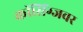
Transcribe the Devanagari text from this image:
क्राॅसिंग्जवर